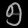
Digit: ၅